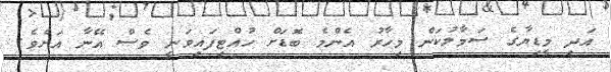
އަދި މީޑިޔާގެ ސަމާލުކަން މިހާރު އެންމެ ބޮޑަށް ހުއްޓިފައިވަނީ ވެސް އޭނާ އަަށެވެ.